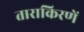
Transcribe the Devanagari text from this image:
ताराकिरणें